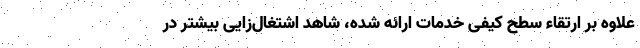
علاوه بر ارتقاء سطح کیفی خدمات ارائه شده، شاهد اشتغال‌زایی بیشتر در